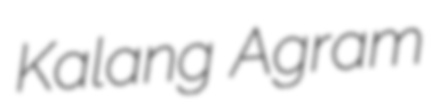
Kalang Agram